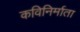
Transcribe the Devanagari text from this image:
कविनिर्माता